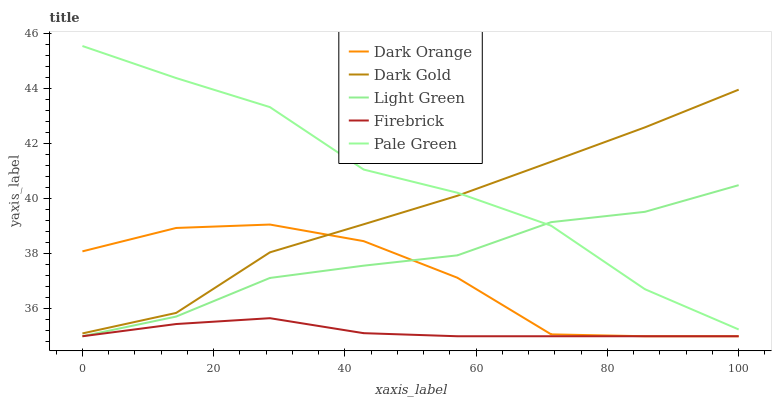
| xaxis_label | Dark Orange | Dark Gold | Light Green | Firebrick | Pale Green |
 | --- | --- | --- | --- | --- | --- |
 | 0 | 38.1 | 35.1 | 35 | 35 | 45.5 |
 | 14.3 | 38.9 | 35.8 | 35.7 | 35.4 | 44.4 |
 | 28.6 | 39.1 | 38 | 37.1 | 35.7 | 43.3 |
 | 42.9 | 38.5 | 39.1 | 37.6 | 35.1 | 41.1 |
 | 57.1 | 37.1 | 40.1 | 37.9 | 35 | 40.2 |
 | 71.4 | 35.1 | 41.3 | 39.1 | 35 | 39 |
 | 85.7 | 35 | 42.6 | 39.5 | 35 | 36.7 |
 | 100 | 35 | 44 | 40.5 | 35 | 35.2 |